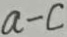
a - c